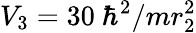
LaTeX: V_{3}=30~\hbar^{2}/mr_{2}^{2}